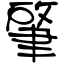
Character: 肇